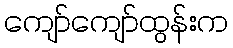
ကျော်ကျော်ထွန်းက